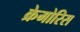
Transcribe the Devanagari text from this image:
क्रेमोरिस